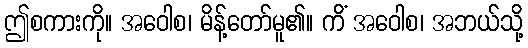
ဤစကားကို။ အဝေါစ၊ မိန့်တော်မူ၏။ ကိံ အဝေါစ၊ အဘယ်သို့